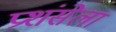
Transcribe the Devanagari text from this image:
प्रशंसेला